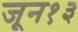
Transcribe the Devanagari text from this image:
जून१३